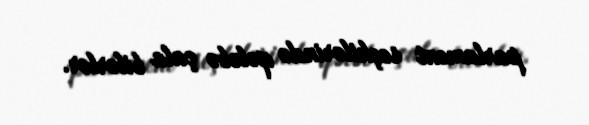
parlament seçkilərində qələbə çala bilərlər.